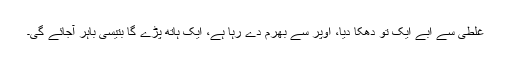
غلطی سے ابے ایک تو دھکا دیا، اوپر سے بھرم دے رہا ہے، ایک ہاتھ پڑے گا بتیسی باہر آجائے گی۔